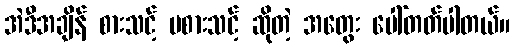
အဲဒီအချိန် စားသင့် မစားသင့် ဆိုတဲ့ အတွေး ပေါ်တတ်ပါတယ်။